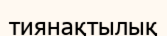
тиянақтылық